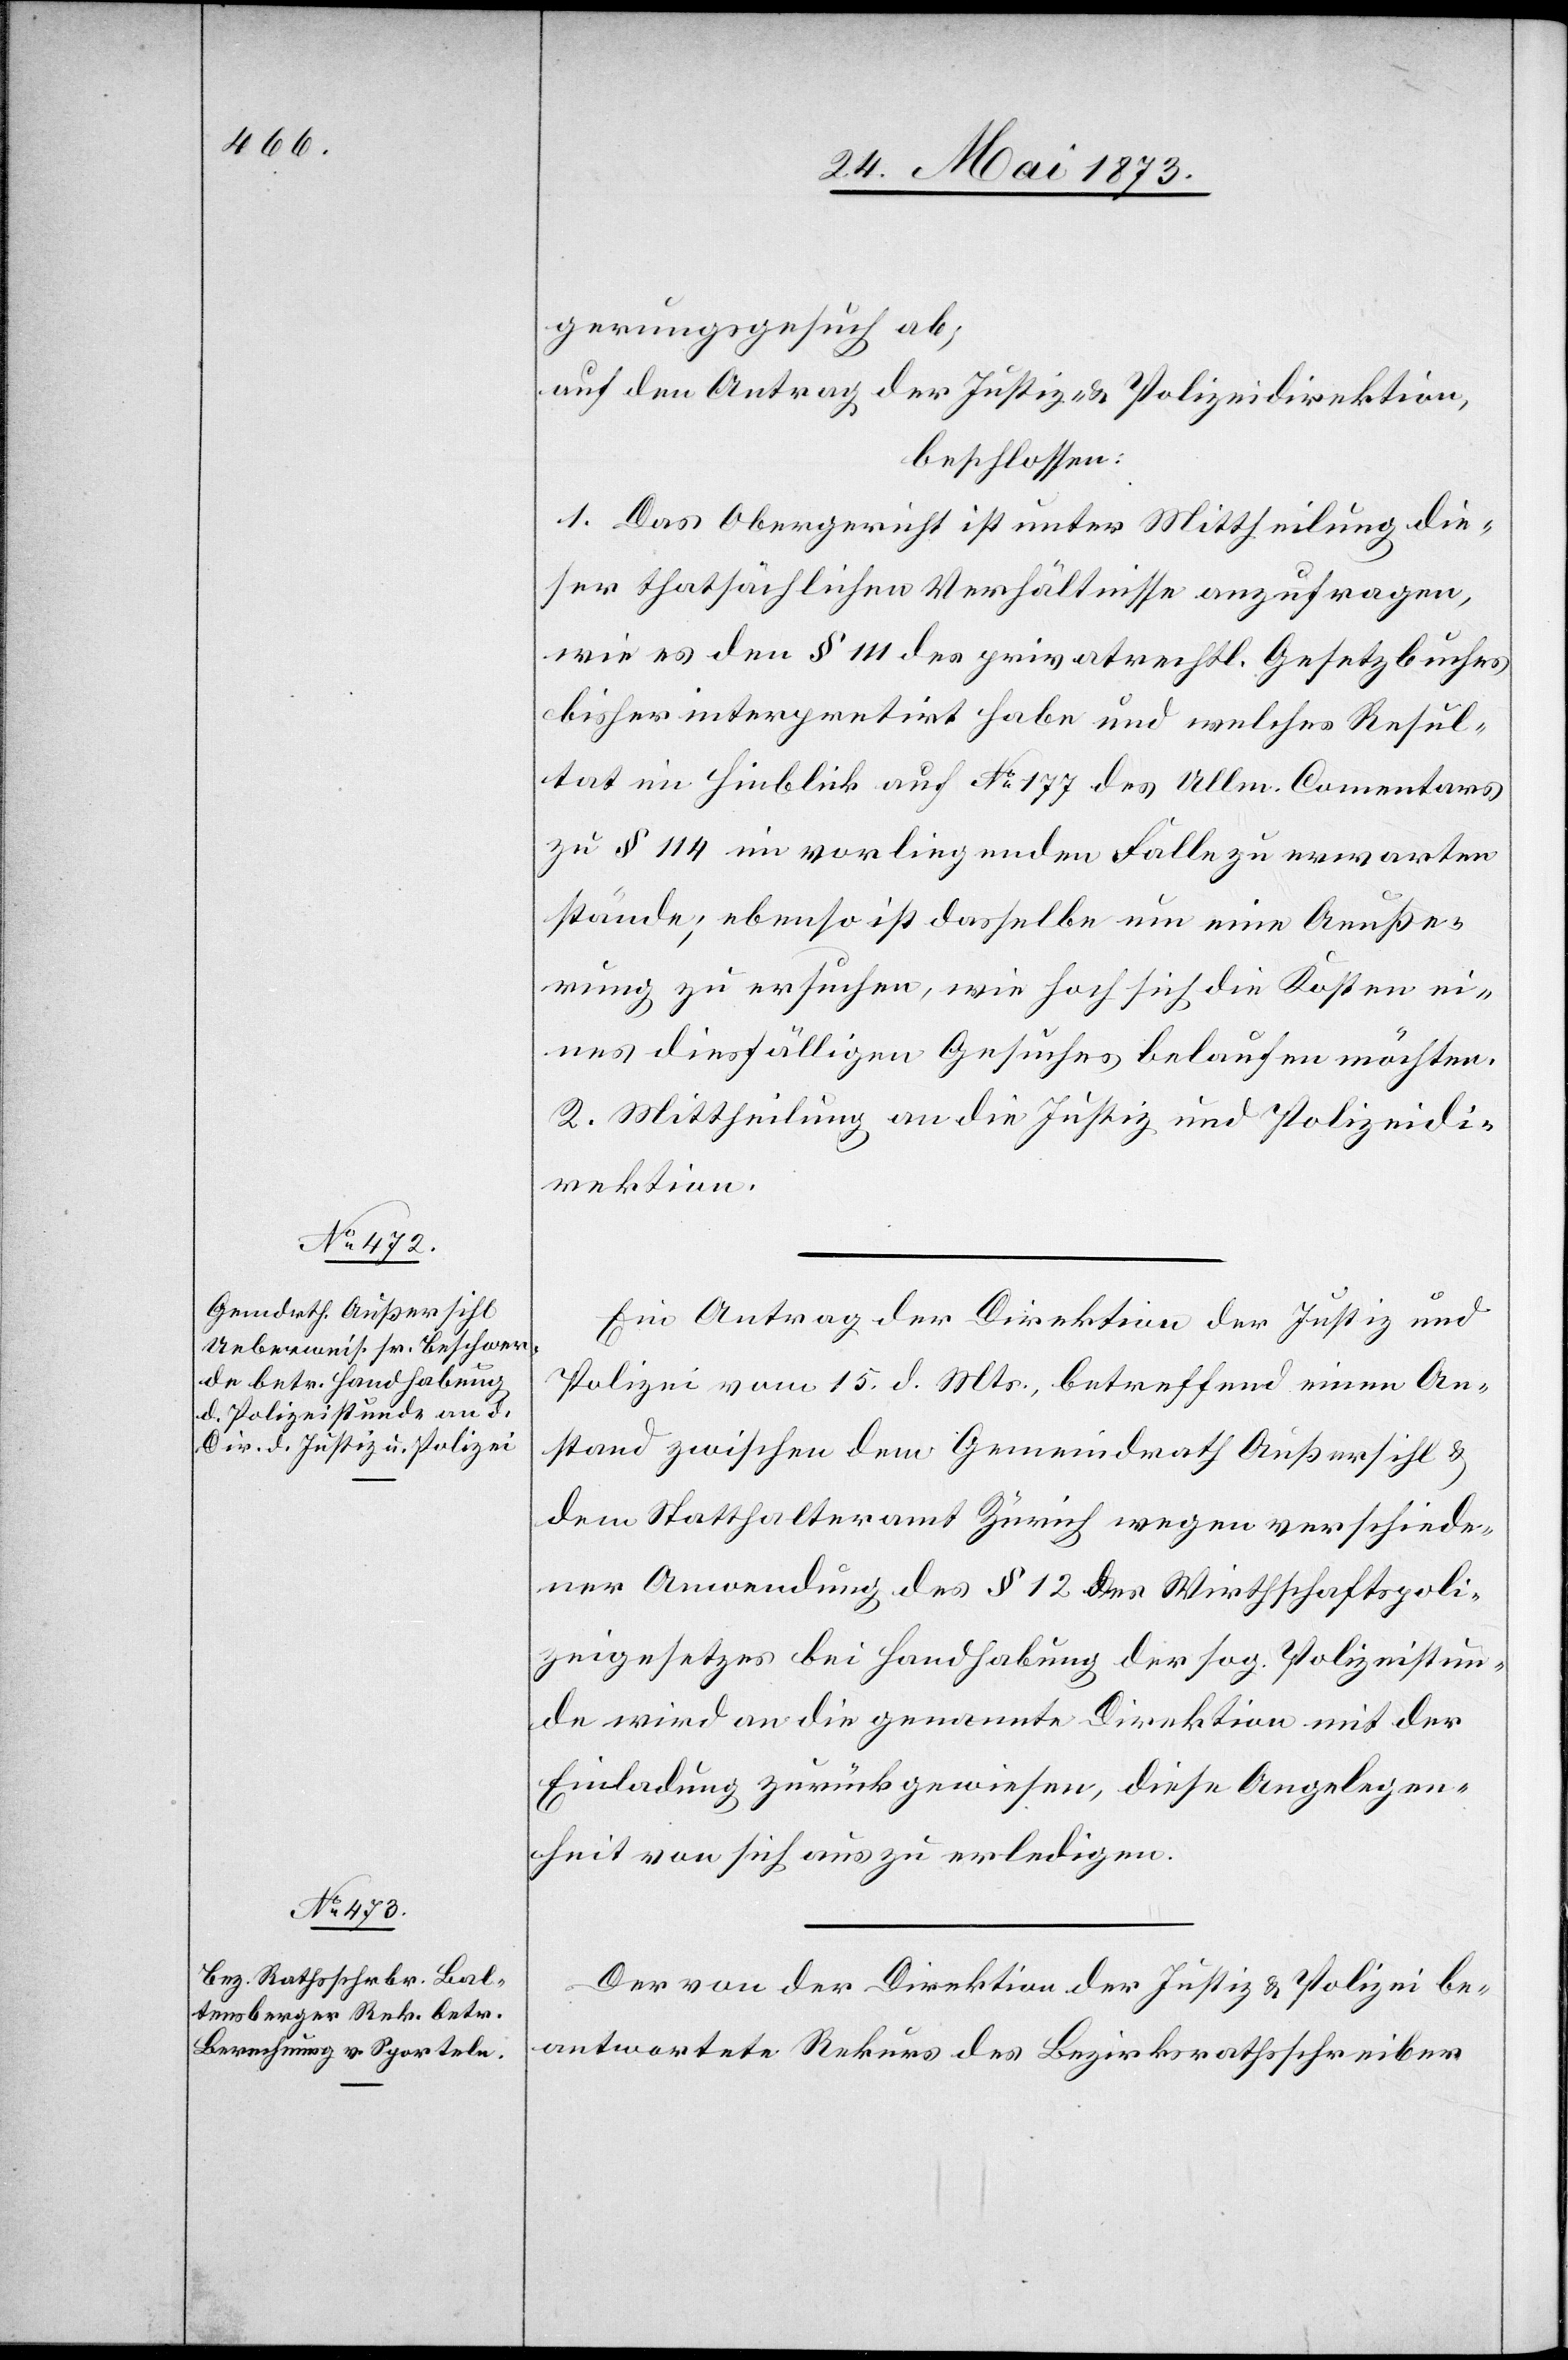
gerungsgesuch ab;
auf den Antrag der Justiz- & Polizeidirektion,
beschlossen:
1. Das Obergericht ist unter Mittheilung die¬
ser thatsächlichen Verhältnisse anzufragen,
wie es den § 111 des privatrechtl. Gesetzbuches
bisher interpretirt habe und welches Resul¬
tat im Hinblick auf No 177 des Ullm. Comentars
zu § 114 im vorliegenden Falle zu erwarten
stände; ebenso ist dasselbe um eine Aeuße¬
rung zu ersuchen, wie hoch sich die Kosten ei¬
nes diesfälligen Gesuches belaufen möchten.
2. Mittheilung an die Justiz- und Polizeidi¬
rektion .
Ein Antrag der Direktion der Justiz und
Polizei vom 15. d. Mts., betreffend einen An¬
stand zwischen dem Gemeindrath Außersihl &
dem Statthalteramt Zürich wegen verschiede¬
ner Anwendung des § 12 des Wirthschaftspoli¬
zeigesetzes bei Handhabung der sog. Polizeistun¬
de wird an die genannte Direktion mit der
Einladung zurückgewiesen, diese Angelegen¬
heit von sich aus zu erledigen.
Der von der Direktion der Justiz & Polizei be¬
antwortete Rekurs des Bezirksrathsschreiber